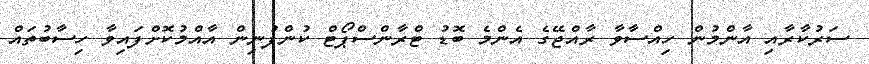
ސަރުކާރާއި އާންމުން ހިއްސާވާ ރާއްޖޭގެ އެންމެ ބޮޑު ޓްރާންސްޕޯޓް ކުންފުނިން އާއްމުކޮށްފައިވާ ހިސާބުތައް